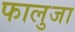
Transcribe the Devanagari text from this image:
फालुजा